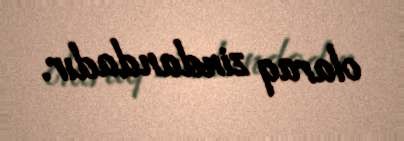
olaraq zindandadır.